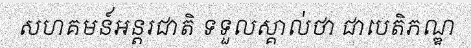
សហគមន៍អន្តរជាតិ ទទួលស្គាល់ថា ជាបេតិភណ្ឌ